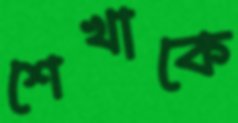
শেখাকে